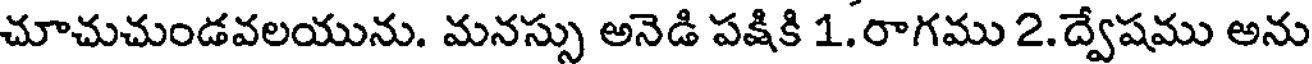
చూచుచుండవలయును. మనస్సు అనెడి పక్షికి 1.రాగము 2. ద్వేషము అను